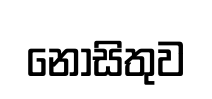
නොසිතුව